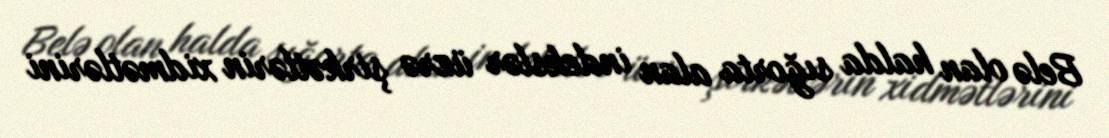
Belə olan halda sığorta alan indekslər üzrə şirkətlərin xidmətlərini